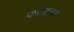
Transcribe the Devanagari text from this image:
करखाना